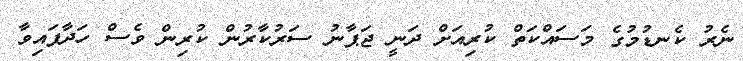
ނެރު ކެނޑުމުގެ މަސައްކަތް ކުރިއަށް ދަނީ ޖަޕާނު ސަރުކާރުން ކުރިން ވެސް ހަދާފައިވާ